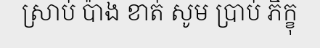
ស្រាប់ ប៉ាង ខាត់ សូម ប្រាប់ ភិក្ខុ